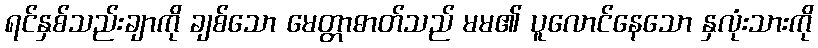
ရင်နှစ်သည်းချာကို ချစ်သော မေတ္တာဓာတ်သည် မမ၏ ပူလောင်နေသော နှလုံးသားကို